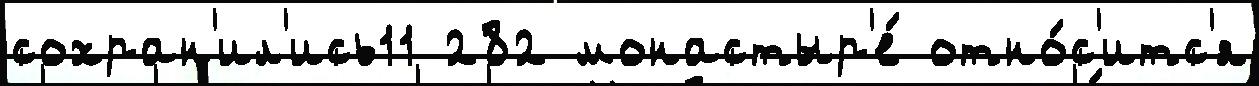
сохран'ил'ись11 282 монастыр'е́ отно́с'итс'я